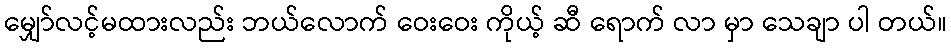
မျှော်လင့်မထားလည်း ဘယ်လောက် ဝေးဝေး ကိုယ့် ဆီ ရောက် လာ မှာ သေချာ ပါ တယ်။